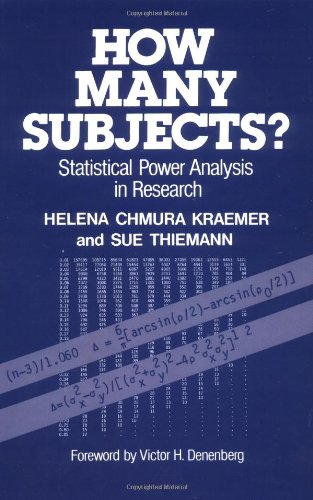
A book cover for How Many Subjects?: Statistical Power Analysis in Research; Helena Chmura Kraemer; Science & Math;